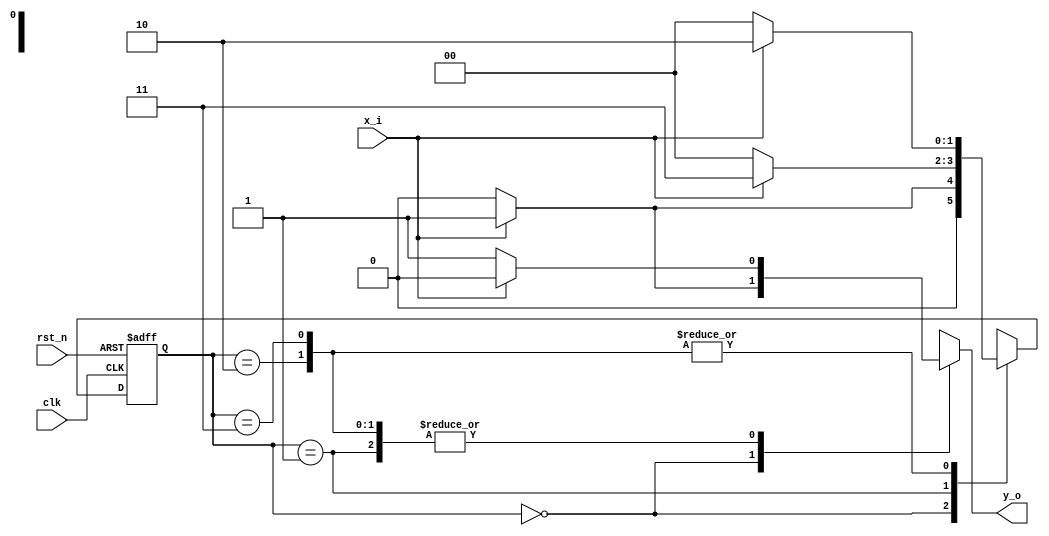
`timescale 1ns / 1ps

module fsm_ornek1(
    input x_i,
    input rst_n,
    input clk,
    output y_o
    );
    
    localparam S0 = 2'b00 ;
    localparam S1 = 2'b01 ;
    localparam S2 = 2'b10 ;
    localparam S3 = 2'b11 ;
    
    reg [1:0] state ;
    reg y_r ;
    
    always@*begin
        case(state)
            S0 : begin
                if(x_i == 1'b0)begin
                    y_r = 1'b0 ;
                end
                else begin
                    y_r = 1 'b1 ;
                end              
            end
            S1 : begin
                if(x_i == 1'b0)begin
                    y_r = 1'b1 ;
                end
                else begin
                    y_r = 1'b0 ;
                end
            end
            S2 : begin
                if(x_i == 1'b0)begin
                    y_r = 1'b1 ;
                end
                else begin
                    y_r = 1'b0 ;
                end
            end
            S3 : begin
                if(x_i == 1'b0)begin
                    y_r = 1'b1 ;
                end
                else begin
                    y_r = 1'b0 ;
                end
            end
            
        endcase
    end
    
    always @(posedge clk, negedge rst_n)begin
        if(rst_n == 1'b0)begin
            state <= S0 ;
        end
        else begin
            case(state)
                S0 : begin
                    if(x_i == 1'b0)begin
                        state <= S0 ;
                    end
                    else begin
                        state <= S1 ;
                    end
                end
                S1 : begin
                    if(x_i == 1'b0)begin
                        state <= S0 ;
                    end
                    else begin
                        state <= S3 ;
                    end
                end
                S2 : begin
                    if(x_i == 1'b0)begin
                        state <= S0 ;
                    end
                    else begin
                        state <= S2 ;
                    end
                end
                S3 : begin
                    if(x_i == 1'b0)begin
                        state <= S0 ;
                    end
                    else begin
                        state <= S2 ;
                    end
                end
            endcase        
          end 
      end
      
      assign y_o = y_r ;
    
endmodule